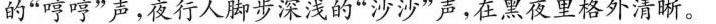
的”哼哼”卢，夜行人脚步深浅的”沙沙”声，在黑夜里格外清晰。